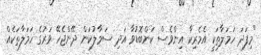
"މިފަދަ ހަމަލާތަަކީ އެމެރިކާ އިންވެސް ކަންބޮޑުވާ އަދި ސަމާލުކަން ދޭންޖެހޭ ވަރުގެ ހަމަލާތަކެއް.